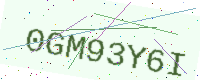
Text: 0GM93Y6I